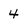
Character: 4